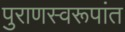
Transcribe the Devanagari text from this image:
पुराणस्वरूपांत